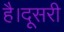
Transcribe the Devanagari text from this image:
है।दूसरी